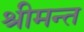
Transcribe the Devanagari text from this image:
श्रीमन्त